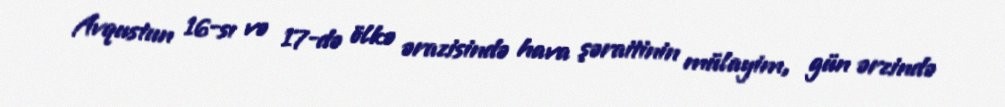
Avqustun 16-sı və 17-də ölkə ərazisində hava şəraitinin mülayim, gün ərzində